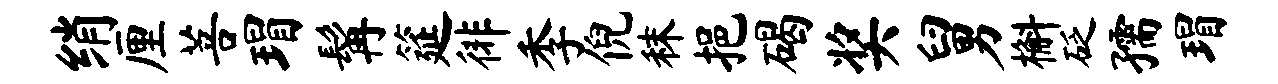
绡厘菩瑁髯筵徘季倪秣挹碣奖舅槲砭孺瑁